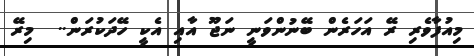
މިއުފާވެރި ރޭ އަހަރެން ބޭނުންވަނީ ނަޖޫ އާއި އެކީ ހޭދަކުރަން..  މިރޭ